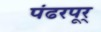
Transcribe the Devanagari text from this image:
पंढरपूर्